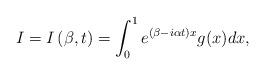
LaTeX: \begin{align*}I=I\left(\beta,t\right)=\int_0^1 e^{(\beta-i\alpha t)x} g(x)dx,\end{align*}